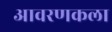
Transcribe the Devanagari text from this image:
आवरणकला